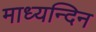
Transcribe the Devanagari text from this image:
माध्‍यन्‍दिन